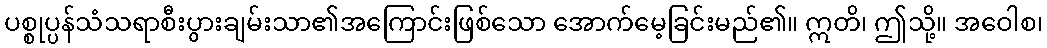
ပစ္စုပ္ပန်သံသရာစီးပွားချမ်းသာ၏အကြောင်းဖြစ်သော အောက်မေ့ခြင်းမည်၏။ ဣတိ၊ ဤသို့။ အဝေါစ၊